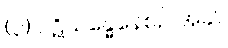
(၃) ပဋိသန္ဓေနေစဉ် အခါ။